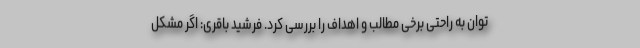
توان به راحتی برخی مطالب و اهداف را بررسی کرد. فرشید باقری: اگر مشکل